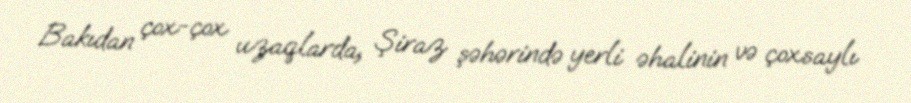
Bakıdan çox-çox uzaqlarda, Şiraz şəhərində yerli əhalinin və çoxsaylı